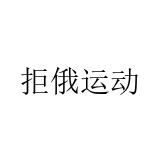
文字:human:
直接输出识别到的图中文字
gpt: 拒俄运动